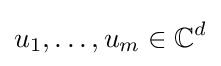
u_{1},\ldots ,u_{m}\in \mathbb {C} ^{d}